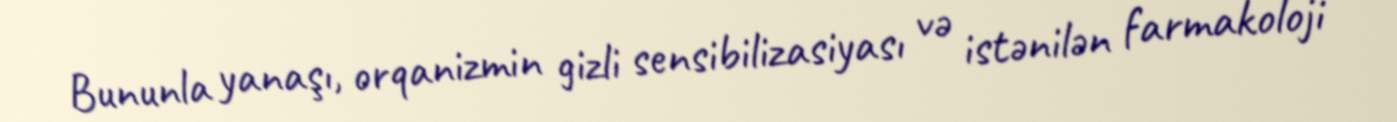
Bununla yanaşı, orqanizmin gizli sensibilizasiyası və istənilən farmakoloji